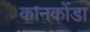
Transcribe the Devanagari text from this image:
कानकोंडा